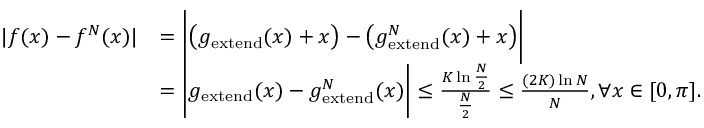
\begin{array} { r l } { | f ( x ) - f ^ { N } ( x ) | } & { = \bigg | \big ( g _ { \mathrm { e x t e n d } } ( x ) + x \big ) - \big ( g _ { \mathrm { e x t e n d } } ^ { N } ( x ) + x \big ) \bigg | } \\ & { = \bigg | g _ { \mathrm { e x t e n d } } ( x ) - g _ { \mathrm { e x t e n d } } ^ { N } ( x ) \bigg | \leq \frac { K \ln \frac { N } { 2 } } { { \frac { N } { 2 } } } \leq \frac { ( 2 K ) \ln N } { N } , \forall x \in [ 0 , \pi ] . } \end{array}